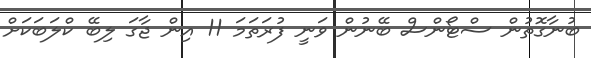
ބުނާގޮތުން ސްޓޯންސް ބޭނުން ވަނީ ފުރަތަމަ 11 އިން ޖާގަ ލިބޭ ކްލަބަކަށް